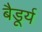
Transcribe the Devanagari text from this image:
बैडूर्य